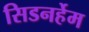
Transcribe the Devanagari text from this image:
सिडनर्हेम